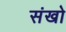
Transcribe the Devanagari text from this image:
संखो